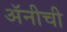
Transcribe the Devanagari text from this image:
अॅनीची